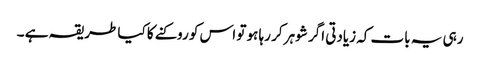
رہی یہ بات کہ زیادتی اگر شوہر کر رہا ہو تو اس کو روکنے کا کیا طریقہ ہے ۔